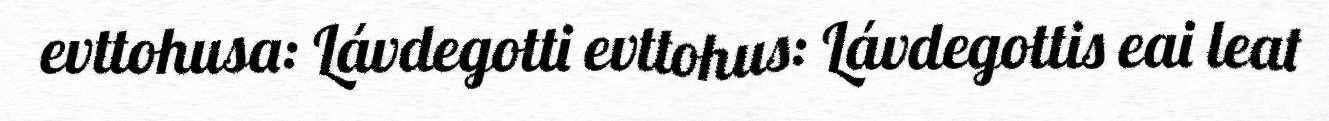
evttohusa: Lávdegotti evttohus: Lávdegottis eai leat